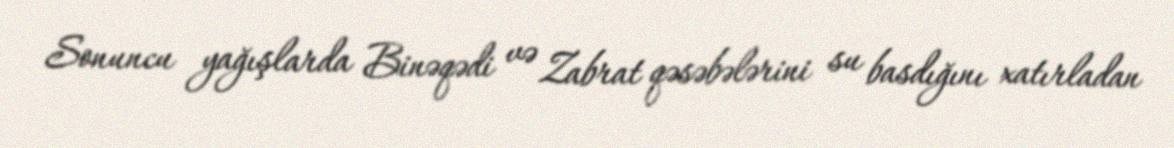
Sonuncu yağışlarda Binəqədi və Zabrat qəsəbələrini su basdığını xatırladan